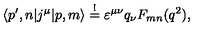
\langle p ^ { \prime } , n | j ^ { \mu } | p , m \rangle \stackrel { ! } { = } \varepsilon ^ { \mu \nu } q _ { \nu } F _ { m n } ( q ^ { 2 } ) ,